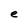
Character: e